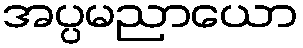
အပ္ပမညာယော